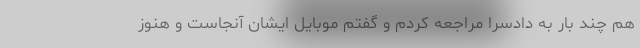
هم چند بار به دادسرا مراجعه کردم و گفتم موبایل ایشان آنجاست و هنوز